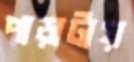
পাড়াটায়